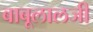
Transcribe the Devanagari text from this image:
बाबूलालजी